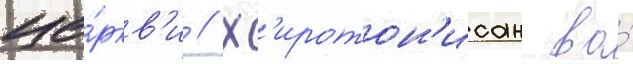
це́ркв'и // Х'иротон'исан во́